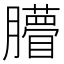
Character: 𦢧